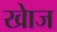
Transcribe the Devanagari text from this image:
खाेज